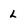
Character: l